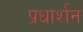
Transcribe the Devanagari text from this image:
प्रधार्शन